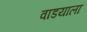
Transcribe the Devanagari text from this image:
वाडयाला